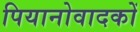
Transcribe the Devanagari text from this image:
पियानोवादकों